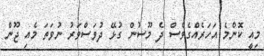
މިއީ ކޮންމެ އަހަރެއްގެވެސް ދެ މޫސުން ގުޅޭ ދުވަސްވަރު ނުވަތަ މެއި ޖޫން